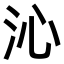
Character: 沁